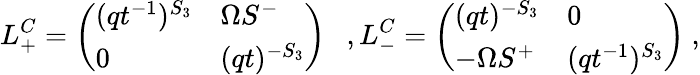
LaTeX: L_{+}^{C}=\left(\begin{array}{ll}{{(qt^{-1})^{S_{3}}}}&{{\Omega S^{-}}}\\ {{0}}&{{(qt)^{-S_{3}}}}\end{array}\right)\ \ \ ,L_{-}^{C}=\left(\begin{array}{ll}{{(qt)^{-S_{3}}}}&{{0}}\\ {{-\Omega S^{+}}}&{{(qt^{-1})^{S_{3}}}}\end{array}\right)\ ,